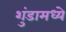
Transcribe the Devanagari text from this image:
शुंडामध्ये